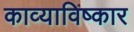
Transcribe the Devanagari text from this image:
काव्याविष्कार